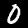
Digit: 0